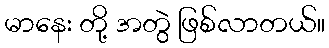
မာနေး တို့ အတွဲ ဖြစ်လာတယ်။